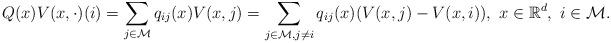
LaTeX: \begin{align*}Q(x) V(x, \cdot)(i)= \sum_{j\in \mathcal M} q_{ij}(x)V(x, j)=\sum_{j\in \mathcal M,j\neq i} q_{ij}(x)(V(x, j)- V(x, i)), ~ x\in \mathbb R^d, ~i\in \mathcal M .\end{align*}